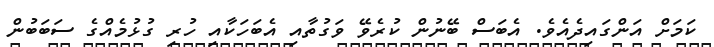
ކަމަށް އަންގައިދެއެވެ. އެބަސް ބޭނުން ކުރެވޭ ވަގުތާއި އެބަހަކާއި ހުރި ގުޅުމެއްގެ ސަބަބުން